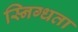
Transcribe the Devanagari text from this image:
स्निग्‍धता